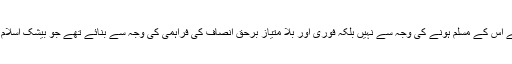
محمد بن قاسم کے بت اہل سندھ نے اس کے مسلم ہونے کی وجہ سے نہیں بلکہ فوری اور بلا متیاز برحق انصاف کی فراہمی کی وجہ سے بنائے تھے جو بیشک اسلام کے زریں اصولوں پر مبنی تھے۔